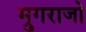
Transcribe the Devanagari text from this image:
म्रुगराजो